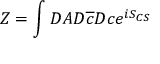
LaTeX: Z = \int D A D \overline { { { c } } } D c e ^ { i S _ { C S } }